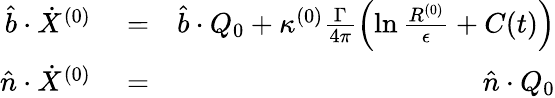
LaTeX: \begin{array}{rlr}{\hat{b}\cdot\dot{X}^{(0)}}&{{}=}&{\hat{b}\cdot Q_{0}+\kappa^{(0)}\frac{\Gamma}{4\pi}\left(\ln\frac{R^{(0)}}{\epsilon}+C(t)\right)}\\ {\hat{n}\cdot\dot{X}^{(0)}}&{{}=}&{\hat{n}\cdot Q_{0}}\end{array}